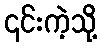
၎င်းကဲ့သို့